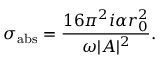
\sigma _ { \mathrm { a b s } } = { \frac { 1 6 \pi ^ { 2 } i \alpha r _ { 0 } ^ { 2 } } { \omega | A | ^ { 2 } } } .